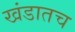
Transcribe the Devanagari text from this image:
खंडातच